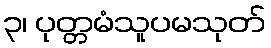
၃၊ ပုတ္တမံသူပမသုတ်